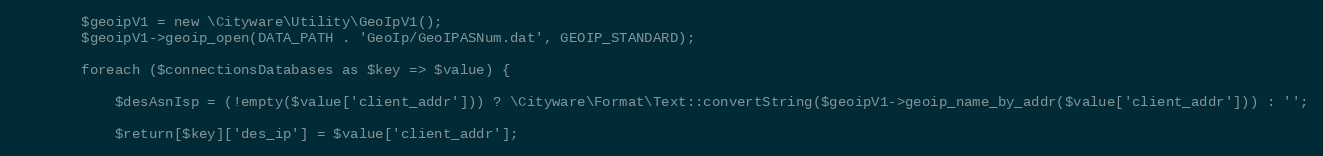
Language: PHP
        $geoipV1 = new \Cityware\Utility\GeoIpV1();
        $geoipV1->geoip_open(DATA_PATH . 'GeoIp/GeoIPASNum.dat', GEOIP_STANDARD);

        foreach ($connectionsDatabases as $key => $value) {

            $desAsnIsp = (!empty($value['client_addr'])) ? \Cityware\Format\Text::convertString($geoipV1->geoip_name_by_addr($value['client_addr'])) : '';

            $return[$key]['des_ip'] = $value['client_addr'];